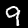
Label: 9